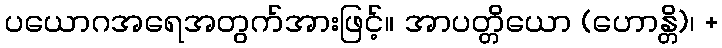
ပယောဂအရေအတွက်အားဖြင့်။ အာပတ္တိယော (ဟောန္တိ)၊ +